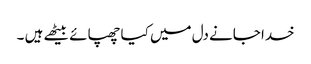
خدا جانے دل میں کیا چھپائے بیٹھے ہیں ۔